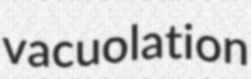
vacuolation